Trukikaitis_Postimees, lk 56
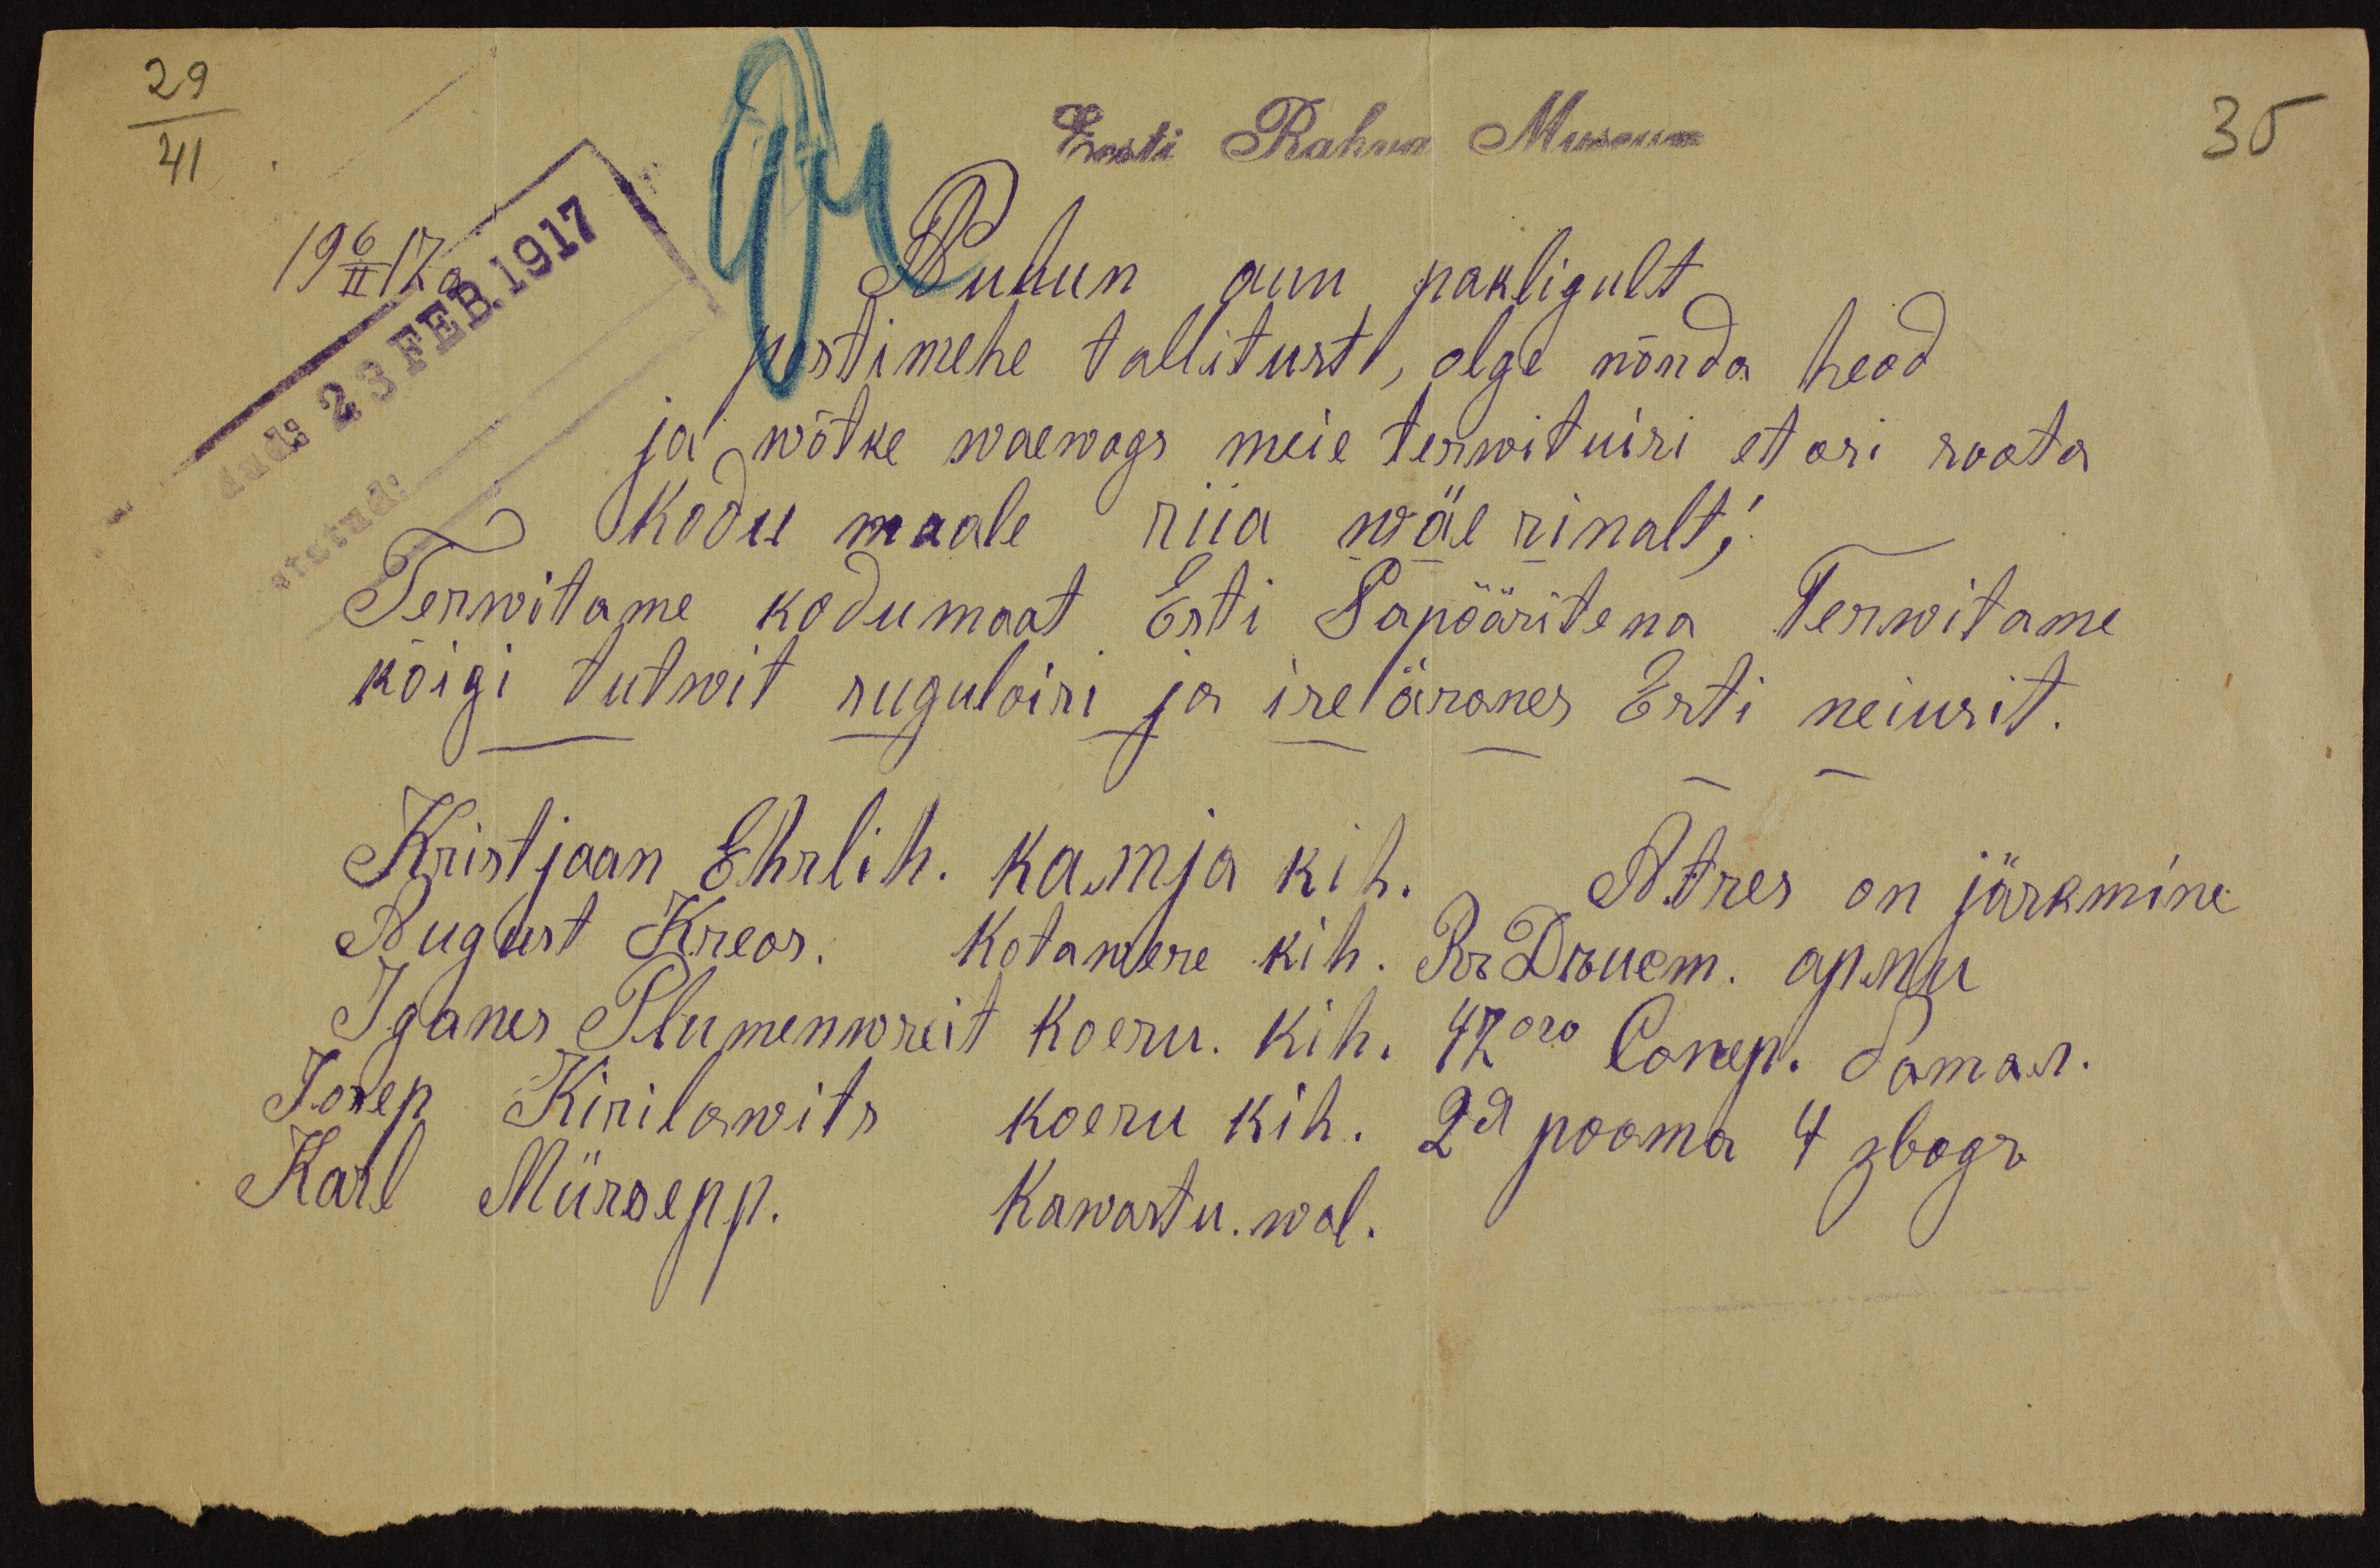
Eesti Rahva Museum
Puhun auu pakligult
postimehe tallitust, olge nõnda head
ja wõtke waewags meie terwituisi etasi saata
Kodu maale riia wäe rinalt,
Terwitame kodumaat Esti Sapööritena Terwitame
kõigi tutwit sugulaisi ja ise äranes Esti neiusit.
Kristjaan Ehrlih. Kamja kih. Atres on järkmine
August Kreos: Kotawere kih. Dr. Dreem. apnu
Iganes Plumenowseit koeru kih. 470 kop. Tamar.
Josep Kirilowits koeru kih. 29 pooma 4 joogu
Karl Mürsepp. Kawastu. wal.